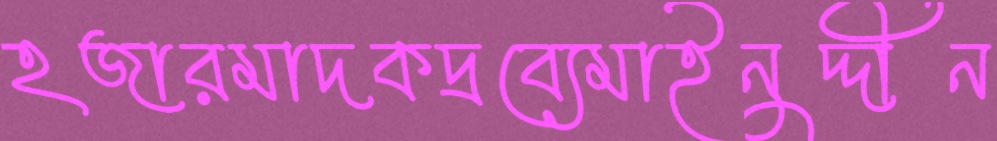
হজারমাদকদ্রব্যেমাইনুদ্দীন